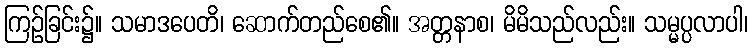
ကြဉ်ခြင်း၌။ သမာဒပေတိ၊ ဆောက်တည်စေ၏။ အတ္တနာစ၊ မိမိသည်လည်း။ သမ္မပ္ပလာပါ၊